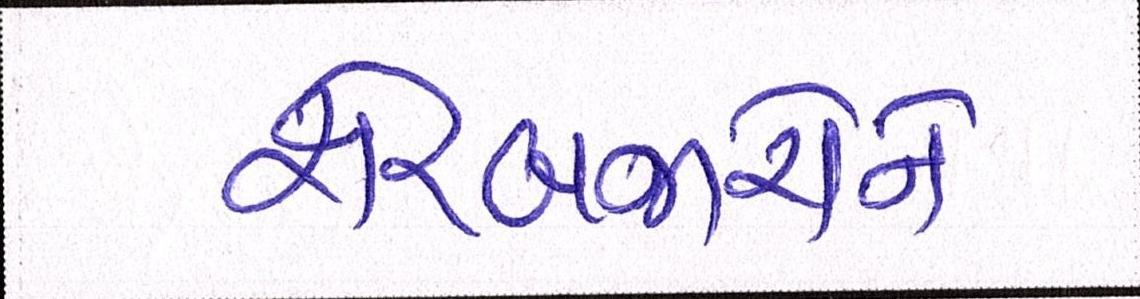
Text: શેરબજારોને